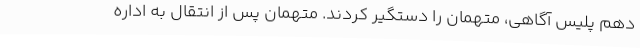
دهم پلیس آگاهی، متهمان را دستگیر کردند. متهمان پس از انتقال به اداره